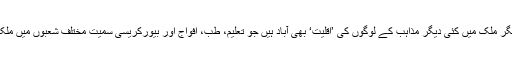
پاکستان کی اکثریت مسلمانوں پر مشتمل ہے، مگر ملک میں کئی دیگر مذاہب کے لوگوں کی ’اقلیت‘ بھی آباد ہیں جو تعلیم، طب، افواج اور بیورکریسی سمیت مختلف شعبوں میں ملک کی تعمیر و ترقی میں کردار ادا کر رہے ہیں۔